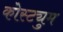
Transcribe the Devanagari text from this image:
कोस्ट्युम